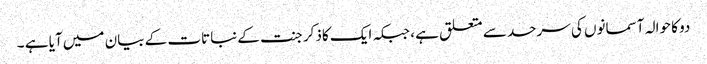
دو کا حوالہ آسمانوں کی سرحد سے متعلق ہے ، جبکہ ایک کاذکر جنت کے نباتات کے بیان میں آیا ہے ۔